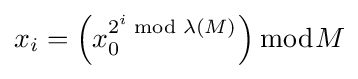
x_{i}=\left(x_{0}^{2^{i}{\bmod {\lambda }}(M)}\right){\bmod {M}}